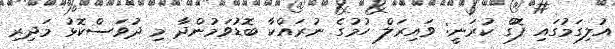
އުލިގަމުގައި ފޮގް ކުރަނީ: ވައިރަލް ހުމުގެ ނުރައްކާ ބޮޑުވަމުންދާ މި ދުވަސްކޮޅު މަދިރި